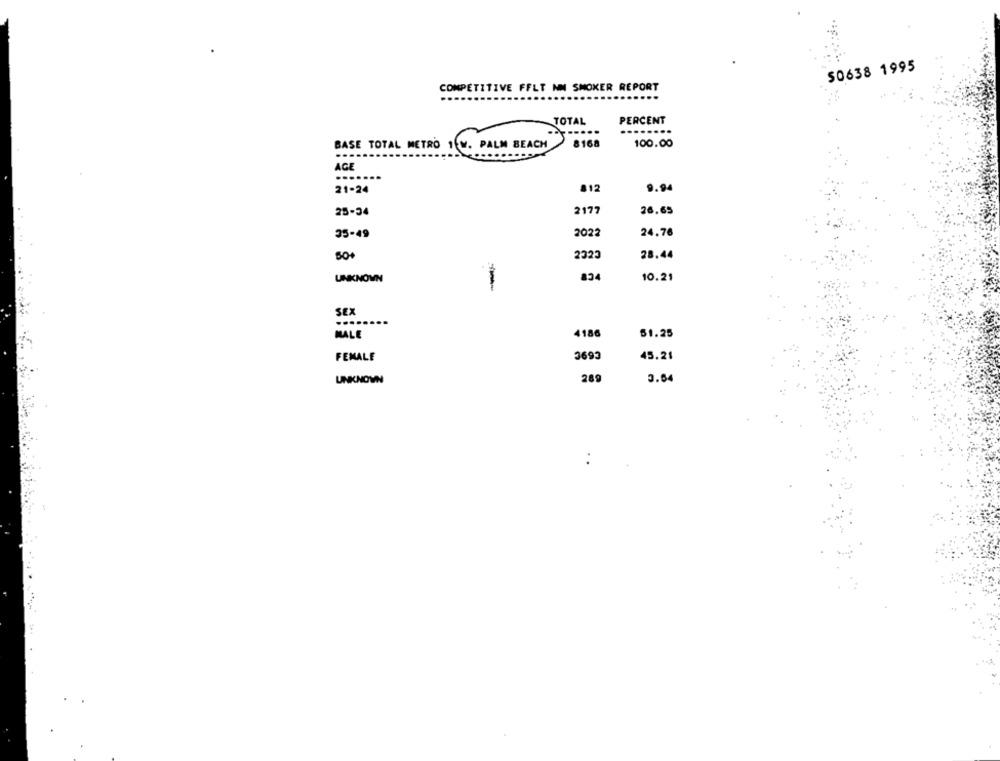
50638 1995
COMPETITIVE FFLT NM SMOKER REPORT
TOTAL
PERCENT
....
...
BASE TOTAL METRO 1 W. PALM BEACH
8168
100.00
AGE
21-24
812
9.94
25-34
2177
26,65
35-49
2022
24.76
2323
28.44
UNKNOWN
834
10.21
-
SEX
........
MALE
4186
51.25
FEMALE
3693
45.21
UNKNOWN
289
3.64